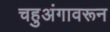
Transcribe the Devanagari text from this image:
चहुअंगावरून